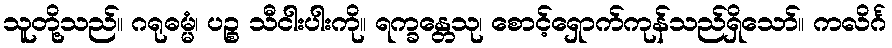
သူတို့သည်။ ဂရုဓမ္မံ၊ ပဉ္စ သီငါးပါးကို။ ရက္ခန္တေသု၊ စောင့်ရှောက်ကုန်သည်ရှိသော်။ ကလိင်္ဂ